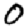
Digit: 0